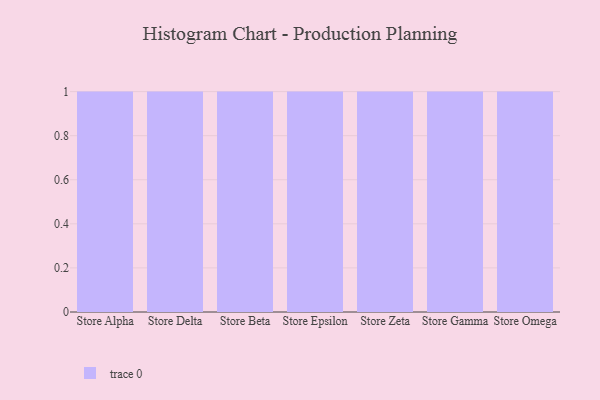
{"axis": {"x": "Store", "y": "LTV (USD)"}, "legend": [""], "data": [{"x": "Store Alpha", "y": 34, "type": ""}, {"x": "Store Delta", "y": 17, "type": ""}, {"x": "Store Beta", "y": 39, "type": ""}, {"x": "Store Epsilon", "y": 29, "type": ""}, {"x": "Store Zeta", "y": 85, "type": ""}, {"x": "Store Gamma", "y": 42, "type": ""}, {"x": "Store Omega", "y": 73, "type": ""}]}